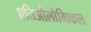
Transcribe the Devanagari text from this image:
एतिओलोगिकल